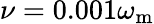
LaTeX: \nu=0.001\omega_{\mathrm{m}}